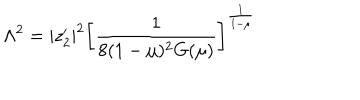
LaTeX: \Lambda ^ { 2 } = | z _ { 2 } ^ { \prime } | ^ { 2 } \left[ \frac { 1 } { 8 ( 1 - \mu ) ^ { 2 } G ( \mu ) } \right] ^ { \frac { 1 } { 1 - \mu } }